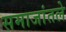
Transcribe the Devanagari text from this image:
समाजांतले